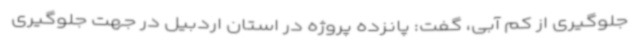
جلوگیری از کم آبی، گفت: پانزده پروژه در استان اردبیل در جهت جلوگیری